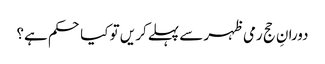
دورانِ حج رمی ظہر سے پہلےکر یں تو کیا حکم ہے؟